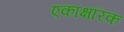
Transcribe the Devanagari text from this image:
एकाक्षरिक